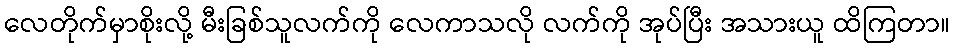
လေတိုက်မှာစိုးလို့ မီးခြစ်သူလက်ကို လေကာသလို လက်ကို အုပ်ပြီး အသားယူ ထိကြတာ။